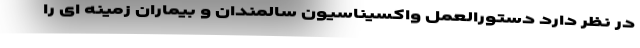
در نظر دارد دستورالعمل واکسیناسیون سالمندان و بیماران زمینه ای را